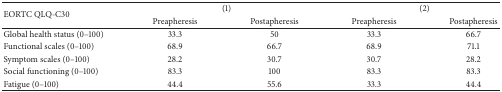
<table><thead><tr><td rowspan="2"><b>EORTC QLQ-C30</b></td><td colspan="2"><b>(1)</b></td><td colspan="2"><b>(2)</b></td></tr><tr><td><b>Preapheresis</b></td><td><b>Postapheresis</b></td><td><b>Preapheresis</b></td><td><b>Postapheresis</b></td></tr></thead><tbody><tr><td>Global health status (0–100)</td><td>33.3</td><td>50</td><td>33.3</td><td>66.7</td></tr><tr><td>Functional scales (0–100)</td><td>68.9</td><td>66.7</td><td>68.9</td><td>71.1</td></tr><tr><td>Symptom scales (0–100)</td><td>28.2</td><td>30.7</td><td>30.7</td><td>28.2</td></tr><tr><td>Social functioning (0–100)</td><td>83.3</td><td>100</td><td>83.3</td><td>83.3</td></tr><tr><td>Fatigue (0–100)</td><td>44.4</td><td>55.6</td><td>33.3</td><td>44.4</td></tr></tbody></table>